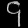
Digit: ၄